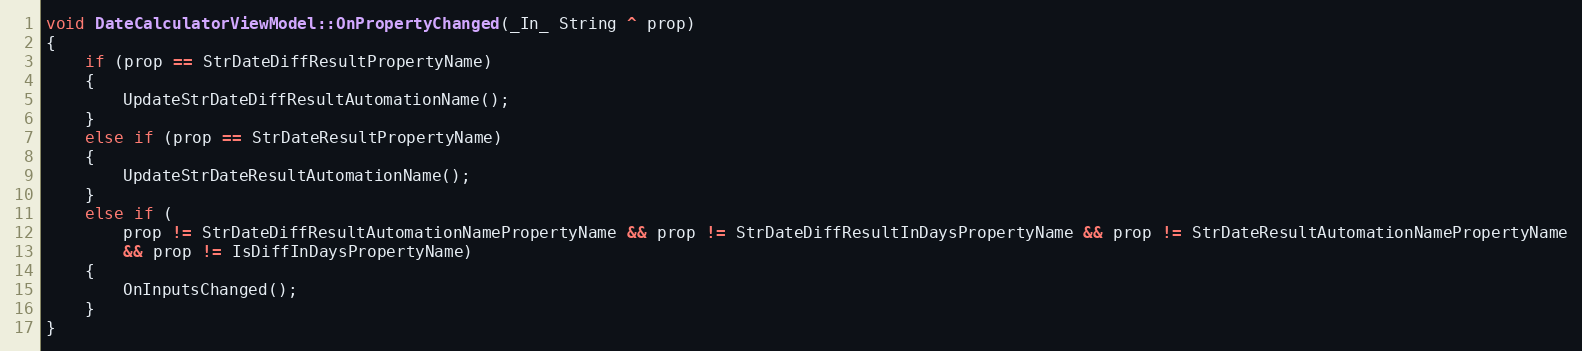
Language: C++
void DateCalculatorViewModel::OnPropertyChanged(_In_ String ^ prop)
{
    if (prop == StrDateDiffResultPropertyName)
    {
        UpdateStrDateDiffResultAutomationName();
    }
    else if (prop == StrDateResultPropertyName)
    {
        UpdateStrDateResultAutomationName();
    }
    else if (
        prop != StrDateDiffResultAutomationNamePropertyName && prop != StrDateDiffResultInDaysPropertyName && prop != StrDateResultAutomationNamePropertyName
        && prop != IsDiffInDaysPropertyName)
    {
        OnInputsChanged();
    }
}